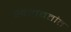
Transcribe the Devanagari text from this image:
खलबतांत